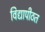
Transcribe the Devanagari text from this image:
विद्यापीठत